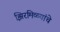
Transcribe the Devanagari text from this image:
झिरमिळ्यांचे